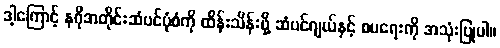
ဒါ့ကြောင့် နဂိုအတိုင်းဆံပင်ပုံစံကို ထိန်းသိန်းဖို့ ဆံပင်ဂျယ်နှင့် စပရေးကို အသုံးပြုပါ။